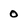
Character: 0